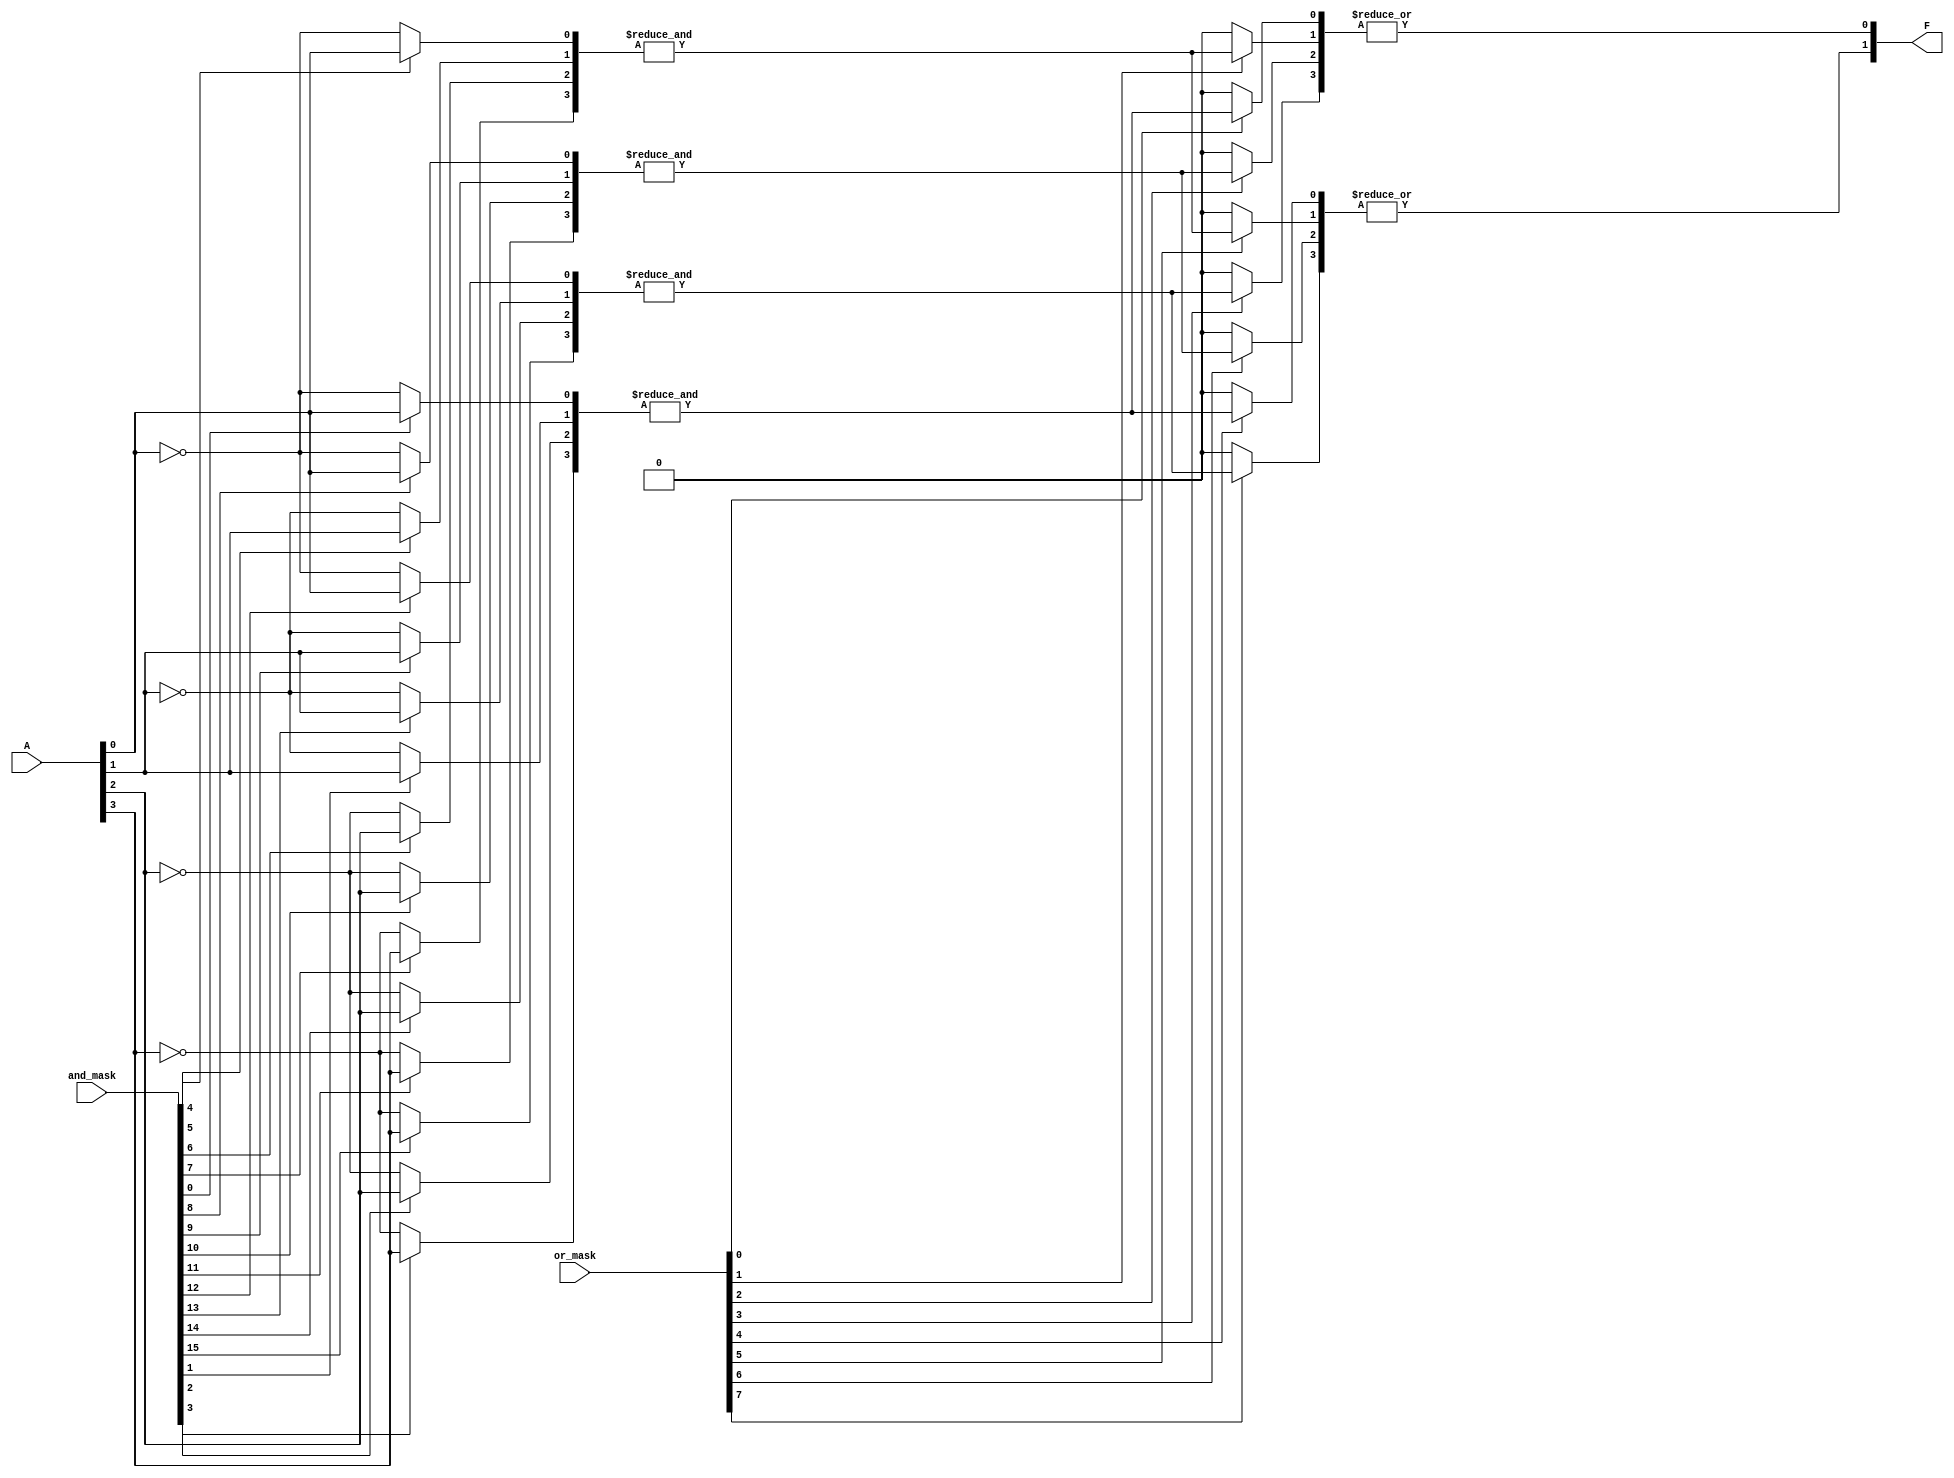
module PLA #(
    parameter N = 4, // Number of inputs
    parameter M = 4, // Number of AND gates (product terms)
    parameter K = 2  // Number of outputs
)(
    input  [N-1:0] A,         // Input signals
    input  [M*N-1:0] and_mask, // Control signals for AND array (programming)
    input  [K*M-1:0] or_mask,   // Control signals for OR array (programming)
    output [K-1:0] F          // Output signals
);

// Internal wires for AND gate outputs
wire [M-1:0] P; // Product terms from AND gates

// AND array implementation
genvar i, j;
generate
    for (i = 0; i < M; i = i + 1) begin : and_array
        wire [N-1:0] and_inputs;
        // Generate AND gate inputs based on and_mask
        for (j = 0; j < N; j = j + 1) begin : and_inputs_loop
            assign and_inputs[j] = (and_mask[i*N + j]) ? A[j] : ~A[j];
        end
        // AND gate
        assign P[i] = &and_inputs; // AND all inputs to produce product term
    end
endgenerate

// OR array implementation
generate
    for (i = 0; i < K; i = i + 1) begin : or_array
        wire [M-1:0] or_inputs;
        // Generate OR gate inputs based on or_mask
        for (j = 0; j < M; j = j + 1) begin : or_inputs_loop
            assign or_inputs[j] = (or_mask[i*M + j]) ? P[j] : 1'b0; // Use P[j] if connected
        end
        // OR gate
        assign F[i] = |or_inputs; // OR all inputs to produce output
    end
endgenerate

endmodule